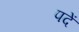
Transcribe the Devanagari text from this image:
पदें